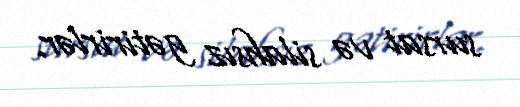
sursat və silahsız gətirirlər.